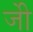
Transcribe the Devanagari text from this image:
जीे